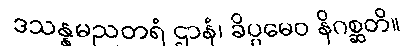
ဒသန္နမညတရံ ဌာနံ၊ ခိပ္ပမေဝ နိဂစ္ဆတိ။